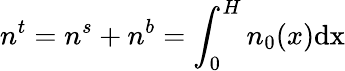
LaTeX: n^{t}=n^{s}+n^{b}=\int_{0}^{H}n_{0}(x)\mathrm{{d}x}